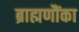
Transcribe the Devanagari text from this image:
ब्राह्मणौंका